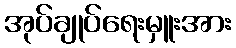
အုပ်ချုပ်ရေးမှူးအား